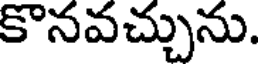
కొనవచ్చును.